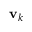
\mathbf { v } _ { k }